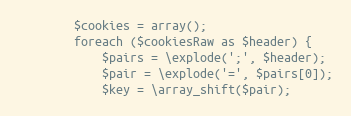
Language: PHP
        $cookies = array();
        foreach ($cookiesRaw as $header) {
            $pairs = \explode(';', $header);
            $pair = \explode('=', $pairs[0]);
            $key = \array_shift($pair);